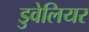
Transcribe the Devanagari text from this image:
डुवेलियर